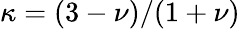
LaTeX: \kappa=(3-\nu)/(1+\nu)